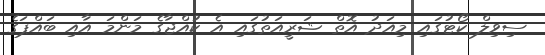
ސިވިލް ކޯޓުގައި މިއަދު އޮތް ޝަރީއަތުގައި އެ ކުއްޖާގެ މަންމަ އާއި ބައްޕަގެ